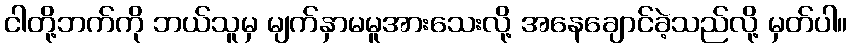
ငါတို့ဘက်ကို ဘယ်သူမှ မျက်နှာမမူအားသေးလို့ အနေချောင်ခဲ့သည်လို့ မှတ်ပါ။